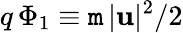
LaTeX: q\, \Phi_{1}\equiv\mathtt{m}\, |{\mathbf{u}}|^{2}/2